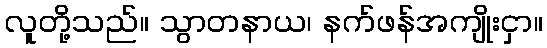
လူတို့သည်။ သွာတနာယ၊ နက်ဖန်အကျိုးငှာ။